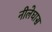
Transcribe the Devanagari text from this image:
नीलेघास